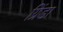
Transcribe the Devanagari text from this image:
ग्रिंडा